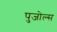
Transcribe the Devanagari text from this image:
पुजोल्स